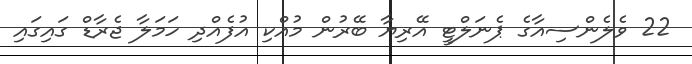
22 ވެލެންސިއާގެ ޕެނަލްޓީ އޭރިޔާ ބޭރުން މުއްކިި އުފެއްދި ހަމަލާ ޖެރާޑް ގައިގައި